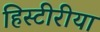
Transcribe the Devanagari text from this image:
हिस्टीरीया